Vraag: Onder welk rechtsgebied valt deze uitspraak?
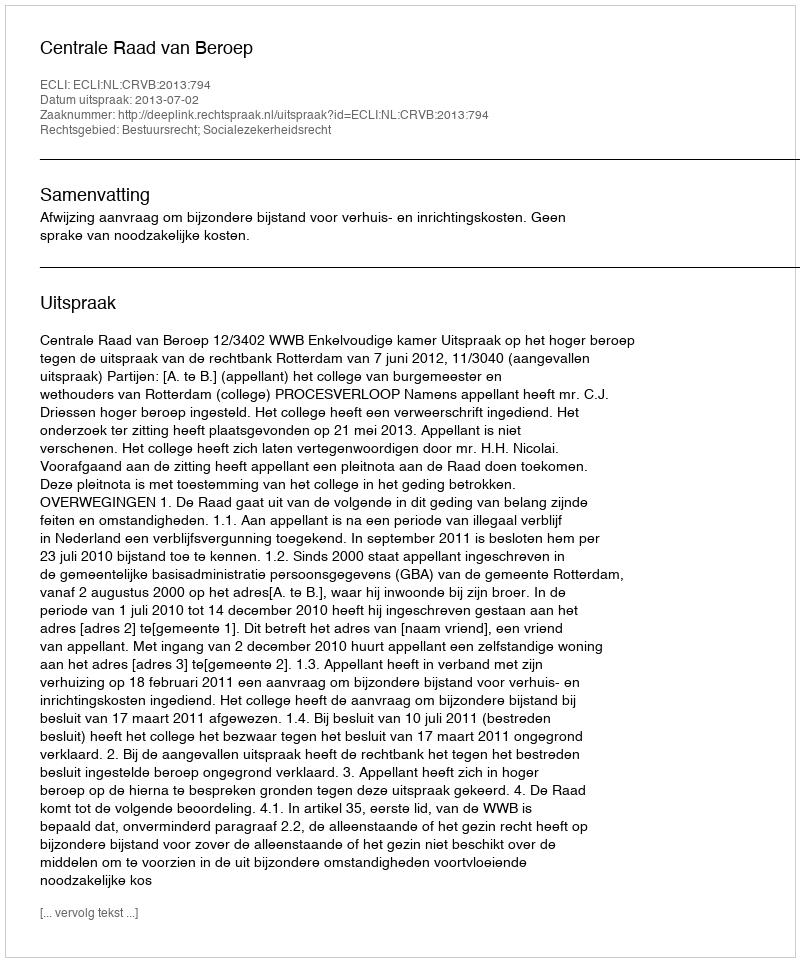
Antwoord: Bestuursrecht; Socialezekerheidsrecht